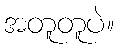
အတူတူပဲ။